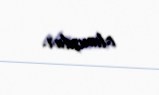
olmuşdur.